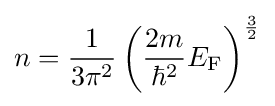
n={\frac {1}{3\pi ^{2}}}\left({\frac {2m}{\hbar ^{2}}}E_{\rm {F}}\right)^{\frac {3}{2}}